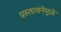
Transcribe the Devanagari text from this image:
प्रस्तावनेमुळे